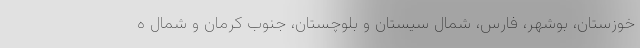
خوزستان، بوشهر، فارس، شمال سیستان و بلوچستان، جنوب کرمان و شمال ه